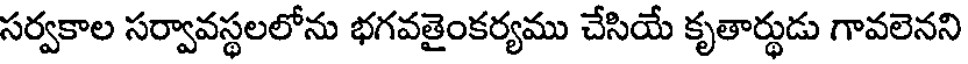
సర్వకాల సర్వావస్థలలోను భగవతైంకర్యము చేసియే కృతార్థుడు గావలెనని